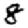
Digit: 8